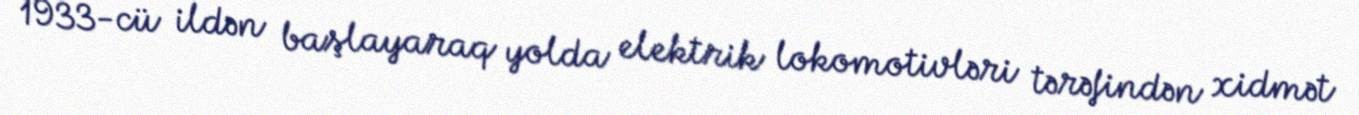
1933-cü ildən başlayaraq yolda elektrik lokomotivləri tərəfindən xidmət